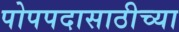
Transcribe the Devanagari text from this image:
पोपपदासाठीच्या